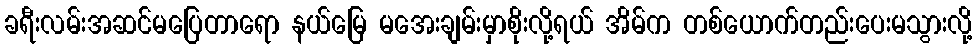
ခရီးလမ်းအဆင်မပြေတာရော နယ်မြေ မအေးချမ်းမှာစိုးလို့ရယ် အိမ်က တစ်ယောက်တည်းပေးမသွားလို့